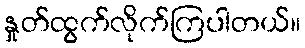
နှုတ်ထွက်လိုက်ကြပါတယ်။